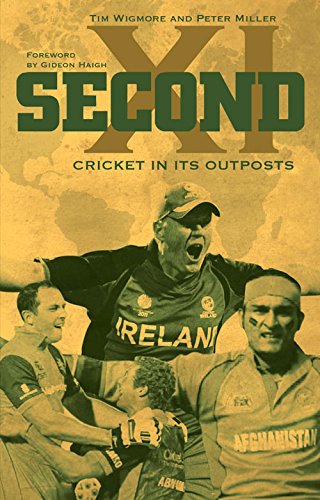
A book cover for Second XI: Cricket In Its Outposts; Tim Wigmore; Sports & Outdoors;